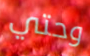
وحتي